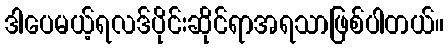
ဒါပေမယ့်ရလဒ်ပိုင်းဆိုင်ရာအရသာဖြစ်ပါတယ်။